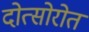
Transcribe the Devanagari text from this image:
दोत्सोरोत